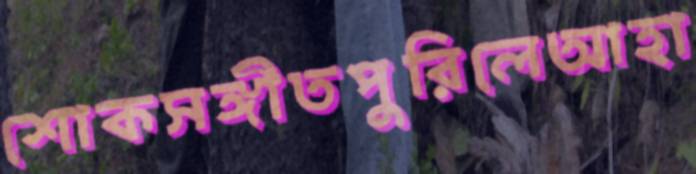
শোকসঙ্গীতপুরিলেআহা